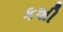
કશી